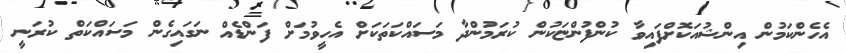
އެހެންކަމުން އިންޝުއަކޮށްފައިވާ ކުންފުންޏަކުން ކުރަމުންދާ މަސައްކަތަކަށް އެހީވުމަށް ފަންޑެެއް ނަގައިގެން މަސައްކަތް ކުރަނީ